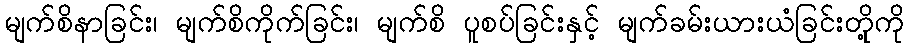
မျက်စိနာခြင်း၊ မျက်စိကိုက်ခြင်း၊ မျက်စိ ပူစပ်ခြင်းနှင့် မျက်ခမ်းယားယံခြင်းတိုု့ကို